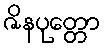
ဇိနပုတ္တော